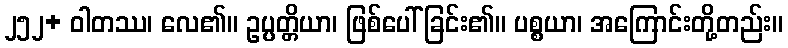
၂၅၂+ ဝါတဿ၊ လေ၏။ ဥပ္ပတ္တိယာ၊ ဖြစ်ပေါ်ခြင်း၏။ ပစ္စယာ၊ အကြောင်းတို့တည်း။